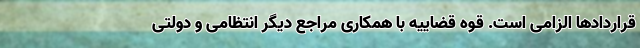
قراردادها الزامی است. قوه قضاییه با همکاری مراجع دیگر انتظامی و دولتی